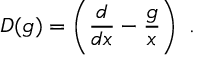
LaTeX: D ( g ) = \left( \frac { d } { d x } - \frac { g } { x } \right) ~ .